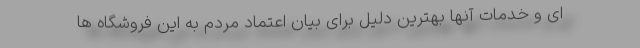
ای و خدمات آنها بهترین دلیل برای بیان اعتماد مردم به این فروشگاه ها